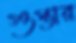
গুপ্তার